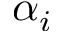
\alpha _ { i }